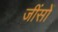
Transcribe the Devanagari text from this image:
जींसों